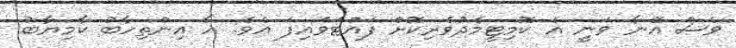
ވެސް އޭނާ ވަނީ އެ ކޮމިޓީމެދުވެރިކޮށް ފައްޓަވައިފަ އެވެ. އާ އިންތިހާބު ކާމިޔާބު